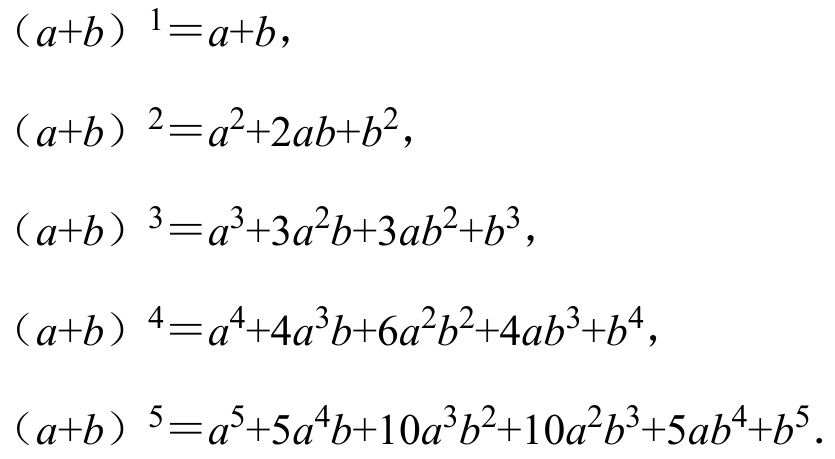
\((a + b)^{1}=a + b\)，
\((a + b)^{2}=a^{2}+2ab + b^{2}\)，
\((a + b)^{3}=a^{3}+3a^{2}b + 3ab^{2}+b^{3}\)，
\((a + b)^{4}=a^{4}+4a^{3}b + 6a^{2}b^{2}+4ab^{3}+b^{4}\)，
\((a + b)^{5}=a^{5}+5a^{4}b + 10a^{3}b^{2}+10a^{2}b^{3}+5ab^{4}+b^{5}\).